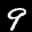
Label: 9